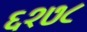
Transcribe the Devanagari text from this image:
६१७८